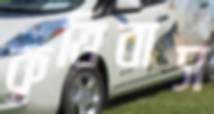
কৃত্তিবাস